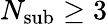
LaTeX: N_{\mathrm{sub}}\ge 3